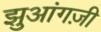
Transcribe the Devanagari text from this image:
झुआंगज़ी